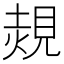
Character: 𧡂